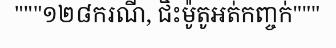
"""១២៨ករណី, ជិះម៉ូតូអត់កញ្ចក់"""